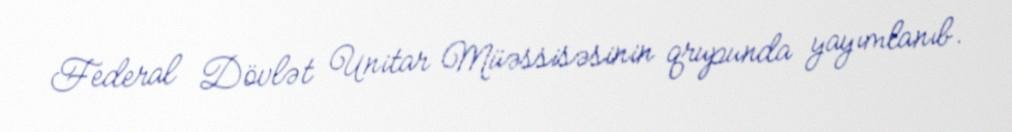
Federal Dövlət Unitar Müəssisəsinin qrupunda yayımlanıb.